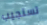
تستجيب